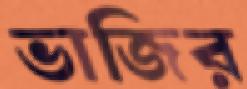
ভাজির